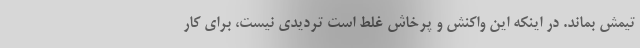
تیمش بماند. در اینکه این واکنش و پرخاش غلط است تردیدی نیست، برای کار